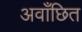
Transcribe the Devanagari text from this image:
अवाँछित